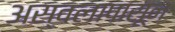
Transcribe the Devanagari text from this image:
अस्वलापासून